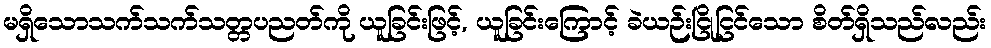
မရှိသောသက်သက်သတ္တပညတ်ကို ယူခြင်းဖြင့်, ယူခြင်းကြောင့် ခဲယဉ်းငြိုငြင်သော စိတ်ရှိသည်လည်း